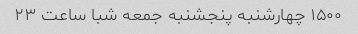
۱۵۰۰ چهارشنبه پنجشنبه جمعه شبا ساعت ۲۳